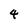
Character: 4